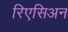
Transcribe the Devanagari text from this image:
रिएसिअन